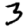
Digit: 3